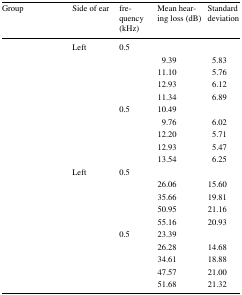
<table><thead><tr><td><b>Group</b></td><td><b>Side of ear</b></td><td><b>frequency (kHz)</b></td><td><b>Mean hearing loss (dB)</b></td><td><b>Standard deviation</b></td></tr></thead><tbody><tr><td rowspan="10">[EMPTY_CELL]</td><td rowspan="5">Left</td><td>0.5</td><td>[EMPTY_CELL]</td><td>[EMPTY_CELL]</td></tr><tr><td>[EMPTY_CELL]</td><td>9.39</td><td>5.83</td></tr><tr><td>[EMPTY_CELL]</td><td>11.10</td><td>5.76</td></tr><tr><td>[EMPTY_CELL]</td><td>12.93</td><td>6.12</td></tr><tr><td>[EMPTY_CELL]</td><td>11.34</td><td>6.89</td></tr><tr><td rowspan="5">[EMPTY_CELL]</td><td>0.5</td><td>10.49</td><td>[EMPTY_CELL]</td></tr><tr><td>[EMPTY_CELL]</td><td>9.76</td><td>6.02</td></tr><tr><td>[EMPTY_CELL]</td><td>12.20</td><td>5.71</td></tr><tr><td>[EMPTY_CELL]</td><td>12.93</td><td>5.47</td></tr><tr><td>[EMPTY_CELL]</td><td>13.54</td><td>6.25</td></tr><tr><td rowspan="10">[EMPTY_CELL]</td><td rowspan="5">Left</td><td>0.5</td><td>[EMPTY_CELL]</td><td>[EMPTY_CELL]</td></tr><tr><td>[EMPTY_CELL]</td><td>26.06</td><td>15.60</td></tr><tr><td>[EMPTY_CELL]</td><td>35.66</td><td>19.81</td></tr><tr><td>[EMPTY_CELL]</td><td>50.95</td><td>21.16</td></tr><tr><td>[EMPTY_CELL]</td><td>55.16</td><td>20.93</td></tr><tr><td rowspan="5">[EMPTY_CELL]</td><td>0.5</td><td>23.39</td><td>[EMPTY_CELL]</td></tr><tr><td>[EMPTY_CELL]</td><td>26.28</td><td>14.68</td></tr><tr><td>[EMPTY_CELL]</td><td>34.61</td><td>18.88</td></tr><tr><td>[EMPTY_CELL]</td><td>47.57</td><td>21.00</td></tr><tr><td>[EMPTY_CELL]</td><td>51.68</td><td>21.32</td></tr></tbody></table>